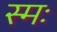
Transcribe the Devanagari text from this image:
स्मः